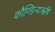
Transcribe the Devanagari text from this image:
कौण्डिन्यऋषि